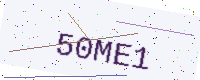
Text: 50ME1